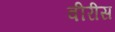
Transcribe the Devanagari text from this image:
वीरीस